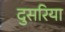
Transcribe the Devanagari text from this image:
दुसरिया